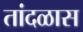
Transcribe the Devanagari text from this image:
तांदळास